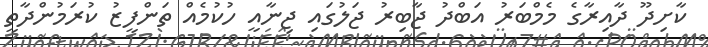
ކާށިދޫ ދާއިރާގެ މެމްބަރު އަބްދު ޖާބިރު ޖަލުގައި ޖިނާއީ ހުކުމެއް ތަންފީޒު ކުރަމުންދާތީ